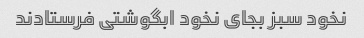
نخود سبز بجای نخود ابگوشتی فرستادند